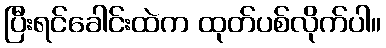
ပြီးရင်ခေါင်းထဲက ထုတ်ပစ်လိုက်ပါ။